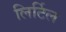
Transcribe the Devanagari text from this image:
लिर्टिल